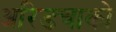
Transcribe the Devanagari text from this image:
अरिडचाको